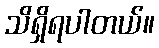
သိရှိရပါတယ်။